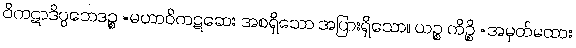
ဝိကဋာဒိပ္ပဘေဒဉ္စ =မဟာဝိကဋဆေး အစရှိသော အပြားရှိသော။ ယဉ္စ ကိဉ္စိ =အမှတ်မထား